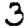
Digit: 3